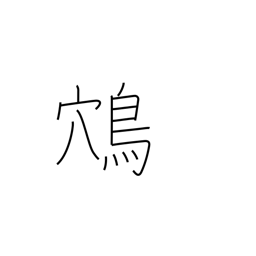
Meaning: swooping